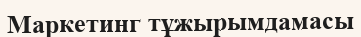
Маркетинг тұжырымдамасы